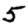
Digit: 5